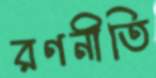
রণনীতি